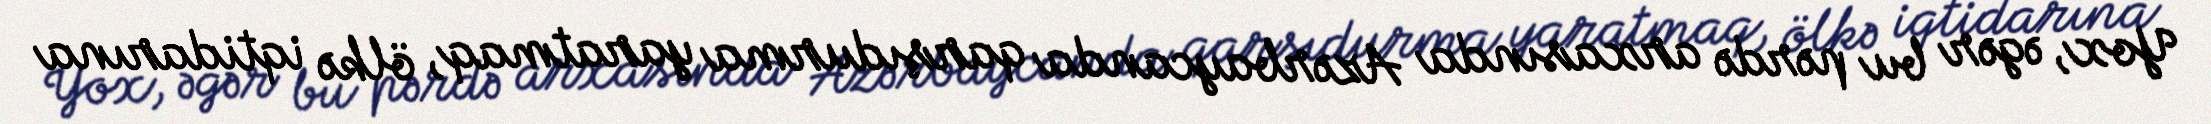
Yox, əgər bu pərdə arxasında Azərbaycanda qarşıdurma yaratmaq, ölkə iqtidarına